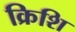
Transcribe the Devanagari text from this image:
क्रिशि